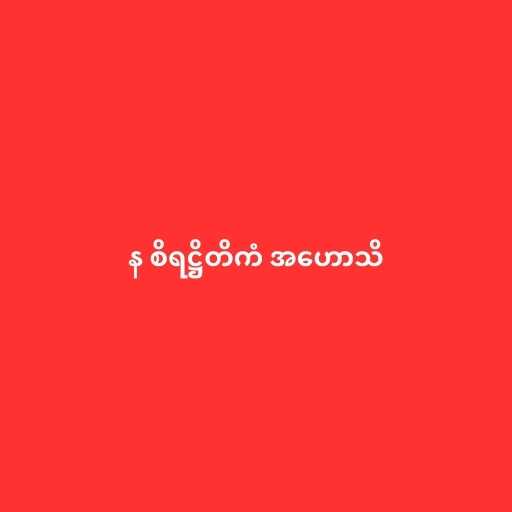
န စိရဋ္ဌိတိကံ အဟောသိ